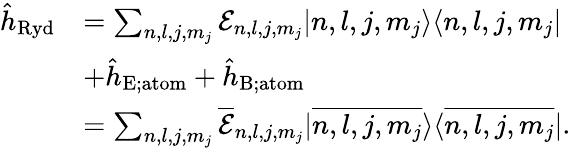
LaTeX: \begin{array}{rl}{\hat{h}_{\mathrm{Ryd}}}&{=\sum_{n,l,j,m_{j}}\mathcal{E}_{n,l,j,m_{j}}|n,l,j,m_{j}\rangle\langle n,l,j,m_{j}|}\\ &{+\hat{h}_{\mathrm{E;atom}}+\hat{h}_{\mathrm{B;atom}}}\\ &{=\sum_{n,l,j,m_{j}}\overline{{\mathcal{E}}}_{n,l,j,m_{j}}|\overline{{n,l,j,m_{j}}}\rangle\langle\overline{{n,l,j,m_{j}}}|.}\end{array}